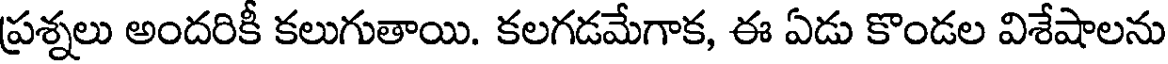
ప్రశ్నలు అందరికీ కలుగుతాయి. కలగడమేగాక, ఈ ఏడు కొండల విశేషాలను